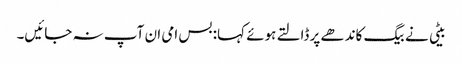
بیٹی نے بیگ کاندھے پر ڈالتے ہوئے کہا: بس امی ان آپ نہ جائیں۔